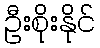
ဦးစိုးနိုင်